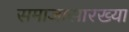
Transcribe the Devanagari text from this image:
समाजासारख्या